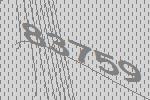
83759